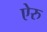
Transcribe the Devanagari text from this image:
ऐरु